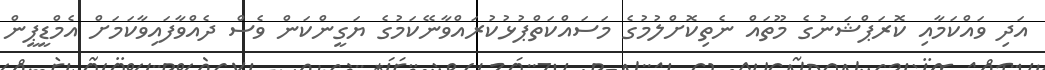
އަދި ވައްކަމާއި ކޮރަޕްޝަނުގެ މޫތައް ނެތިކޮށްލުމުގެ މަސައްކަތްޕުޅުކުރައްވާނޭކަމުގެ ޔަގީންކަން ވެސް ދެއްވާފައިވާކަމަށް އެމްޑީޕީން